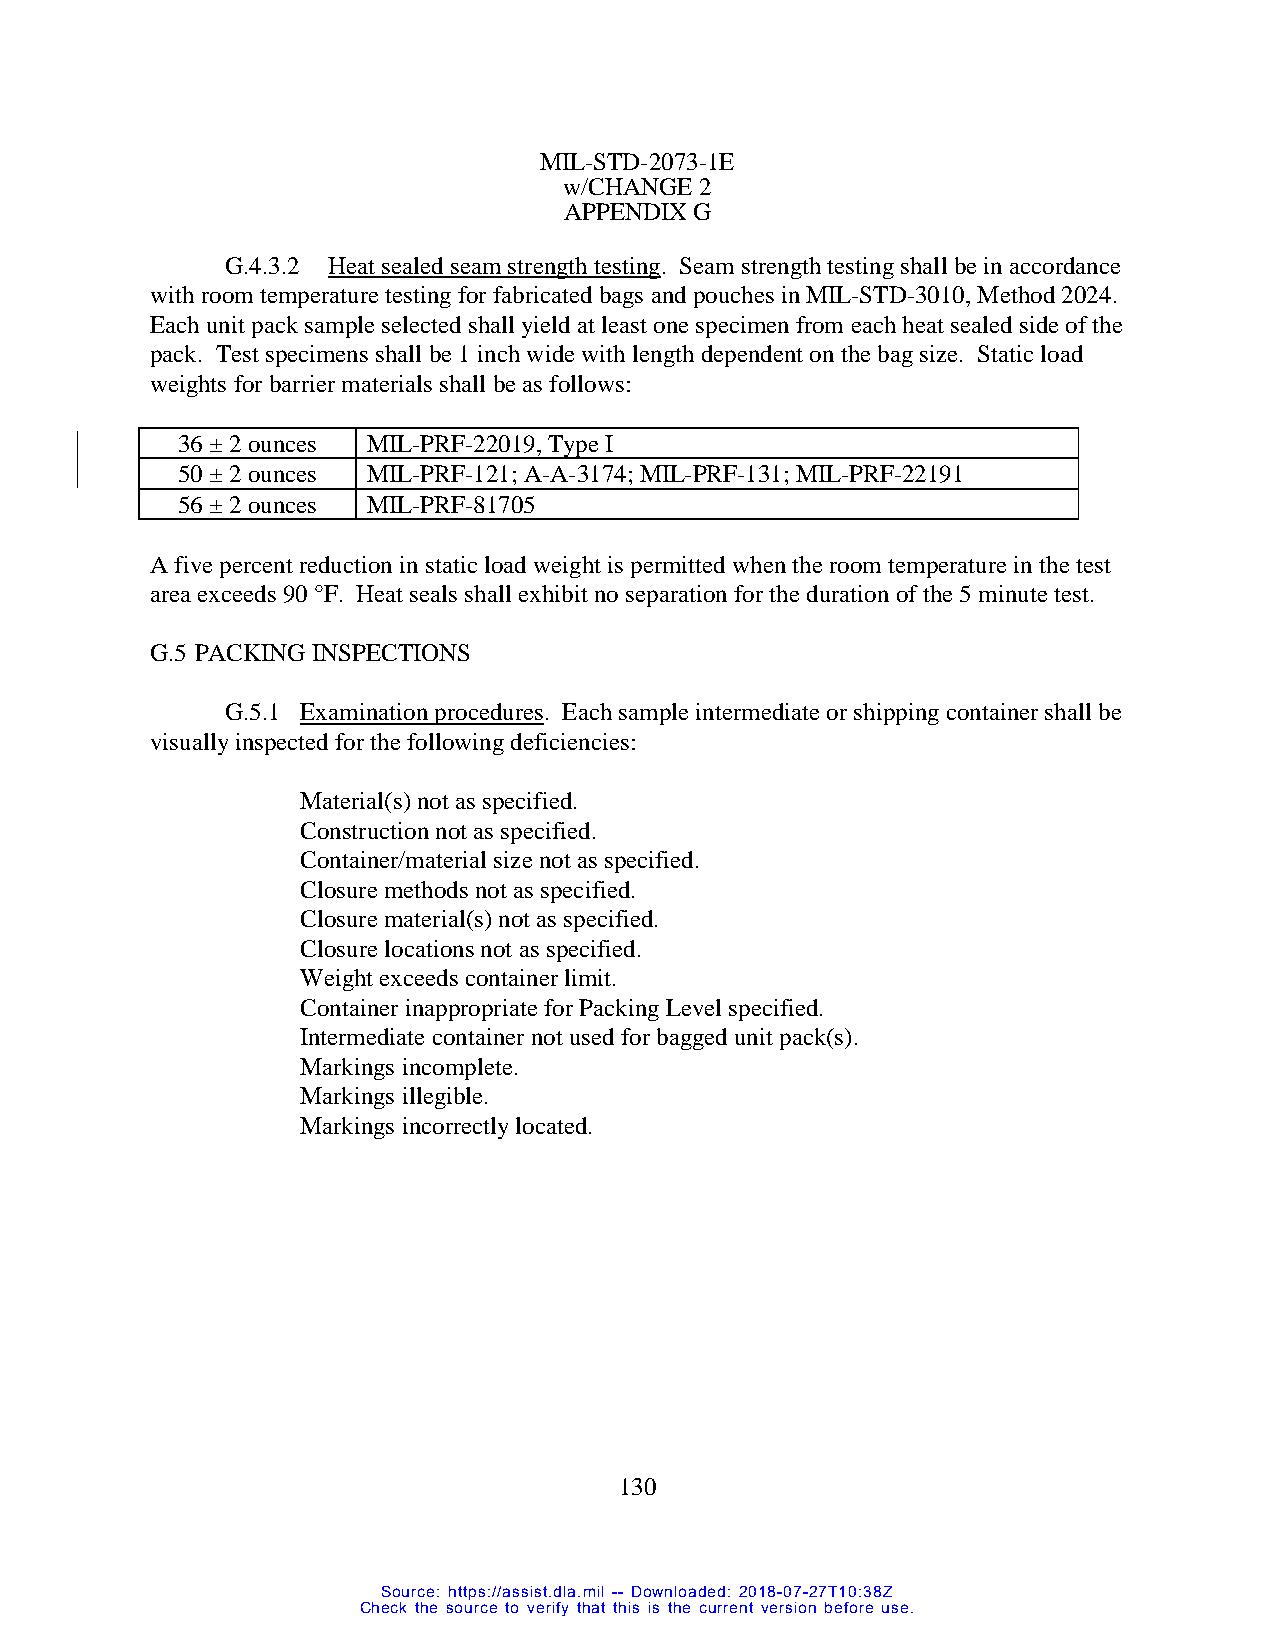
MIL-STD-2073-1E
 w/CHANGE 2
 APPENDIX G
 G.4.3.2 Heat sealed seam strength testing. Seam strength testing shall be in accordance
 with room temperature testing for fabricated bags and pouches in MIL-STD-3010, Method 2024.
 Each unit pack sample selected shall yield at least one specimen from each heat sealed side of the
 pack. Test specimens shall be 1 inch wide with length dependent on the bag size. Static load
 weights for barrier materials shall be as follows:
 36 ± 2 ounces MIL-PRF-22019, Type I
 50 ± 2 ounces MIL-PRF-121; A-A-3174; MIL-PRF-131; MIL-PRF-22191
 56 ± 2 ounces MIL-PRF-81705
 A five percent reduction in static load weight is permitted when the room temperature in the test
 area exceeds 90 °F. Heat seals shall exhibit no separation for the duration of the 5 minute test.
 G.5 PACKING INSPECTIONS
 G.5.1 Examination procedures. Each sample intermediate or shipping container shall be
 visually inspected for the following deficiencies:
 Material(s) not as specified.
 Construction not as specified.
 Container/material size not as specified.
 Closure methods not as specified.
 Closure material(s) not as specified.
 Closure locations not as specified.
 Weight exceeds container limit.
 Container inappropriate for Packing Level specified.
 Intermediate container not used for bagged unit pack(s).
 Markings incomplete.
 Markings illegible.
 Markings incorrectly located.
 130
 Source: https://assist.dla.mil -- Downloaded: 2018-07-27T10:38Z
 Check the source to verify that this is the current version before use.